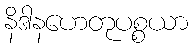
နိဒါနဟေတုပစ္စယာ